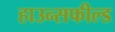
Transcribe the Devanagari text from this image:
हाउन्सफील्ड